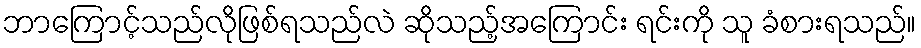
ဘာကြောင့်သည်လိုဖြစ်ရသည်လဲ ဆိုသည့်အကြောင်း ရင်းကို သူ ခံစားရသည်။